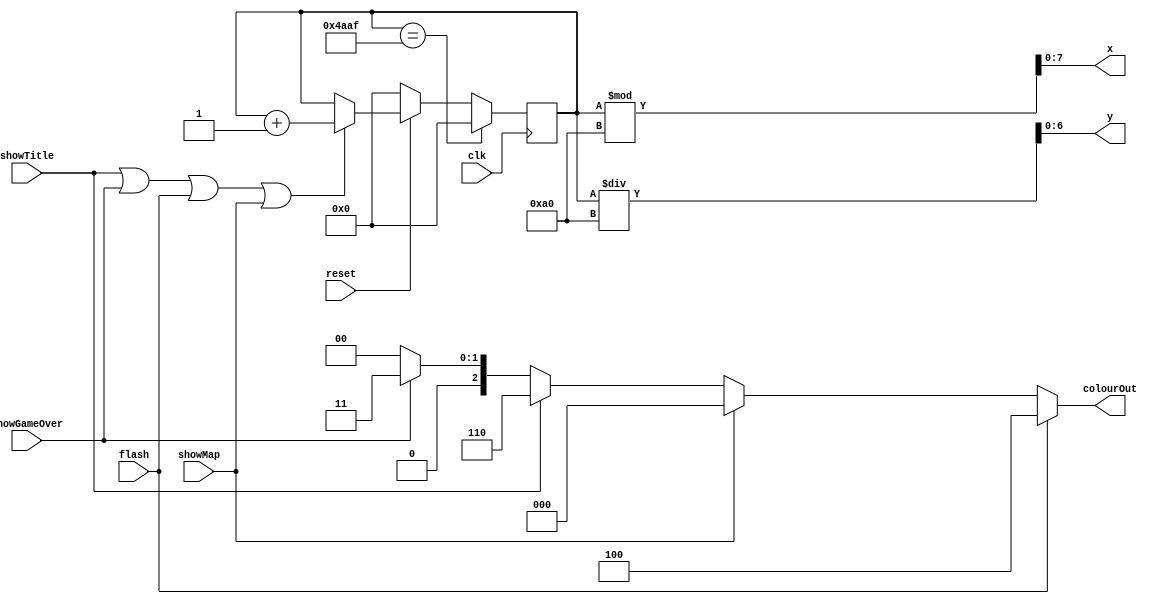
module gui_datapath (
		input clk,
		input reset,
		input showTitle,
		input showMap,
		input showGameOver,
		input flash,
		output reg [7:0] x,
		output reg [6:0] y,
		output reg [2:0] colourOut
	);
	
	
	wire [2:0] red, black, title_ram_out, map_ram_out, gameover_ram_out;
	reg [14:0] address;



	assign red = 3'b100;
	assign black = 3'b000;
	
	// ram_title title (
	//
	//
	//
	//
	//
	// );

	
	//	ram_map map (
	//
	//
	//
	//
	// );
	
	
	// ram_gameover gameover (
	//
	//
	//
	//
	//
	// );
	
	always @(posedge clk)
	begin
		if (!reset)
		begin
			address <= 15'b0;
		end
		else begin
			if (showTitle || showGameOver || flash || showMap)
				address <= address + 1'b1;
		end
		if (address == 15'd19119) // num_pixel
			address <= 15'b0;
	end

	always @(*)
	begin
	
		colourOut = black;
		
		if (flash)
			colourOut = red;
		else if (showMap)
			colourOut = black; // change to map_ram_out
		else if (showTitle)
			colourOut = 3'b110; // change to title_ram_out
		else if (showGameOver)
			colourOut = 3'b011; // change to gameover_ram_out
			
		x = address % 8'd160;
		y = address / 8'd160;	
	end
	
endmodule